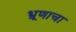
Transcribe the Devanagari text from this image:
भ्रूणाचा